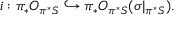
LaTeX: i : \pi _ { * } { \cal O } _ { \pi ^ { * } { \cal S } } \hookrightarrow \pi _ { * } { \cal O } _ { \pi ^ { * } { \cal S } } ( \sigma | _ { \pi ^ { * } { \cal S } } ) .